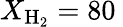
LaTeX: X_{\mathrm{H_{2}}}=80\